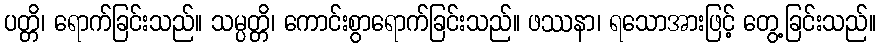
ပတ္တိ၊ ရောက်ခြင်းသည်။ သမ္ပတ္တိ၊ ကောင်းစွာရောက်ခြင်းသည်။ ဖဿနာ၊ ရသောအားဖြင့် တွေ့ခြင်းသည်။